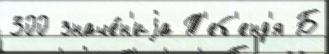
300 значе́н'иjа Т'еб'енд'я Б